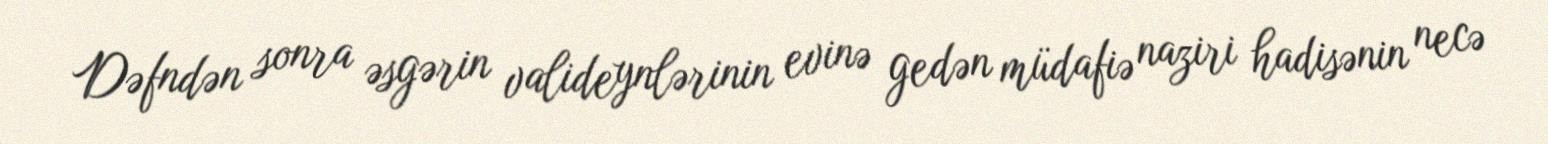
Dəfndən sonra əsgərin valideynlərinin evinə gedən müdafiə naziri hadisənin necə